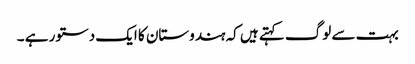
بہت سے لوگ کہتے ہیں کہ ہندوستان کا ایک دستور ہے ۔